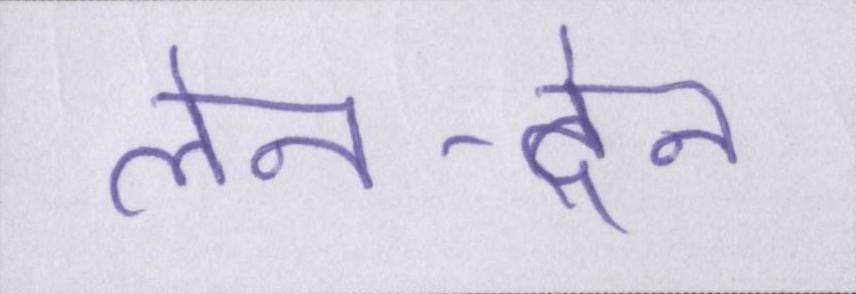
लेन-देन